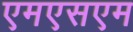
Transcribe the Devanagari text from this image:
एमएसएम